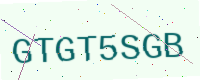
Text: GTGT5SGB